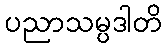
ပညာသမ္ပဒါတိ